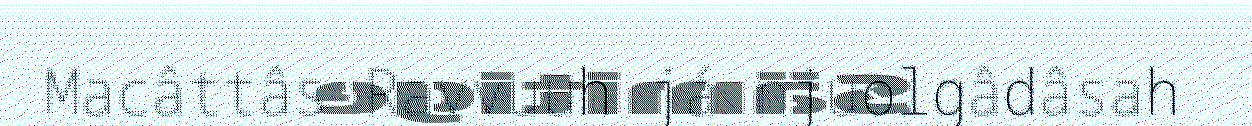
Macâttâs Ravvuuh já njuolgâdâsah